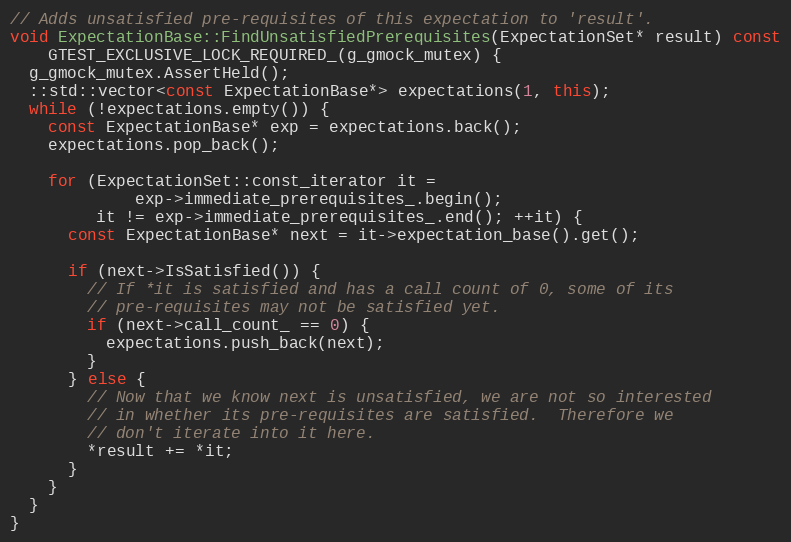
Language: C++
// Adds unsatisfied pre-requisites of this expectation to 'result'.
void ExpectationBase::FindUnsatisfiedPrerequisites(ExpectationSet* result) const
    GTEST_EXCLUSIVE_LOCK_REQUIRED_(g_gmock_mutex) {
  g_gmock_mutex.AssertHeld();
  ::std::vector<const ExpectationBase*> expectations(1, this);
  while (!expectations.empty()) {
    const ExpectationBase* exp = expectations.back();
    expectations.pop_back();

    for (ExpectationSet::const_iterator it =
             exp->immediate_prerequisites_.begin();
         it != exp->immediate_prerequisites_.end(); ++it) {
      const ExpectationBase* next = it->expectation_base().get();

      if (next->IsSatisfied()) {
        // If *it is satisfied and has a call count of 0, some of its
        // pre-requisites may not be satisfied yet.
        if (next->call_count_ == 0) {
          expectations.push_back(next);
        }
      } else {
        // Now that we know next is unsatisfied, we are not so interested
        // in whether its pre-requisites are satisfied.  Therefore we
        // don't iterate into it here.
        *result += *it;
      }
    }
  }
}